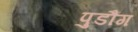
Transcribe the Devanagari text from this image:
पुडौंग